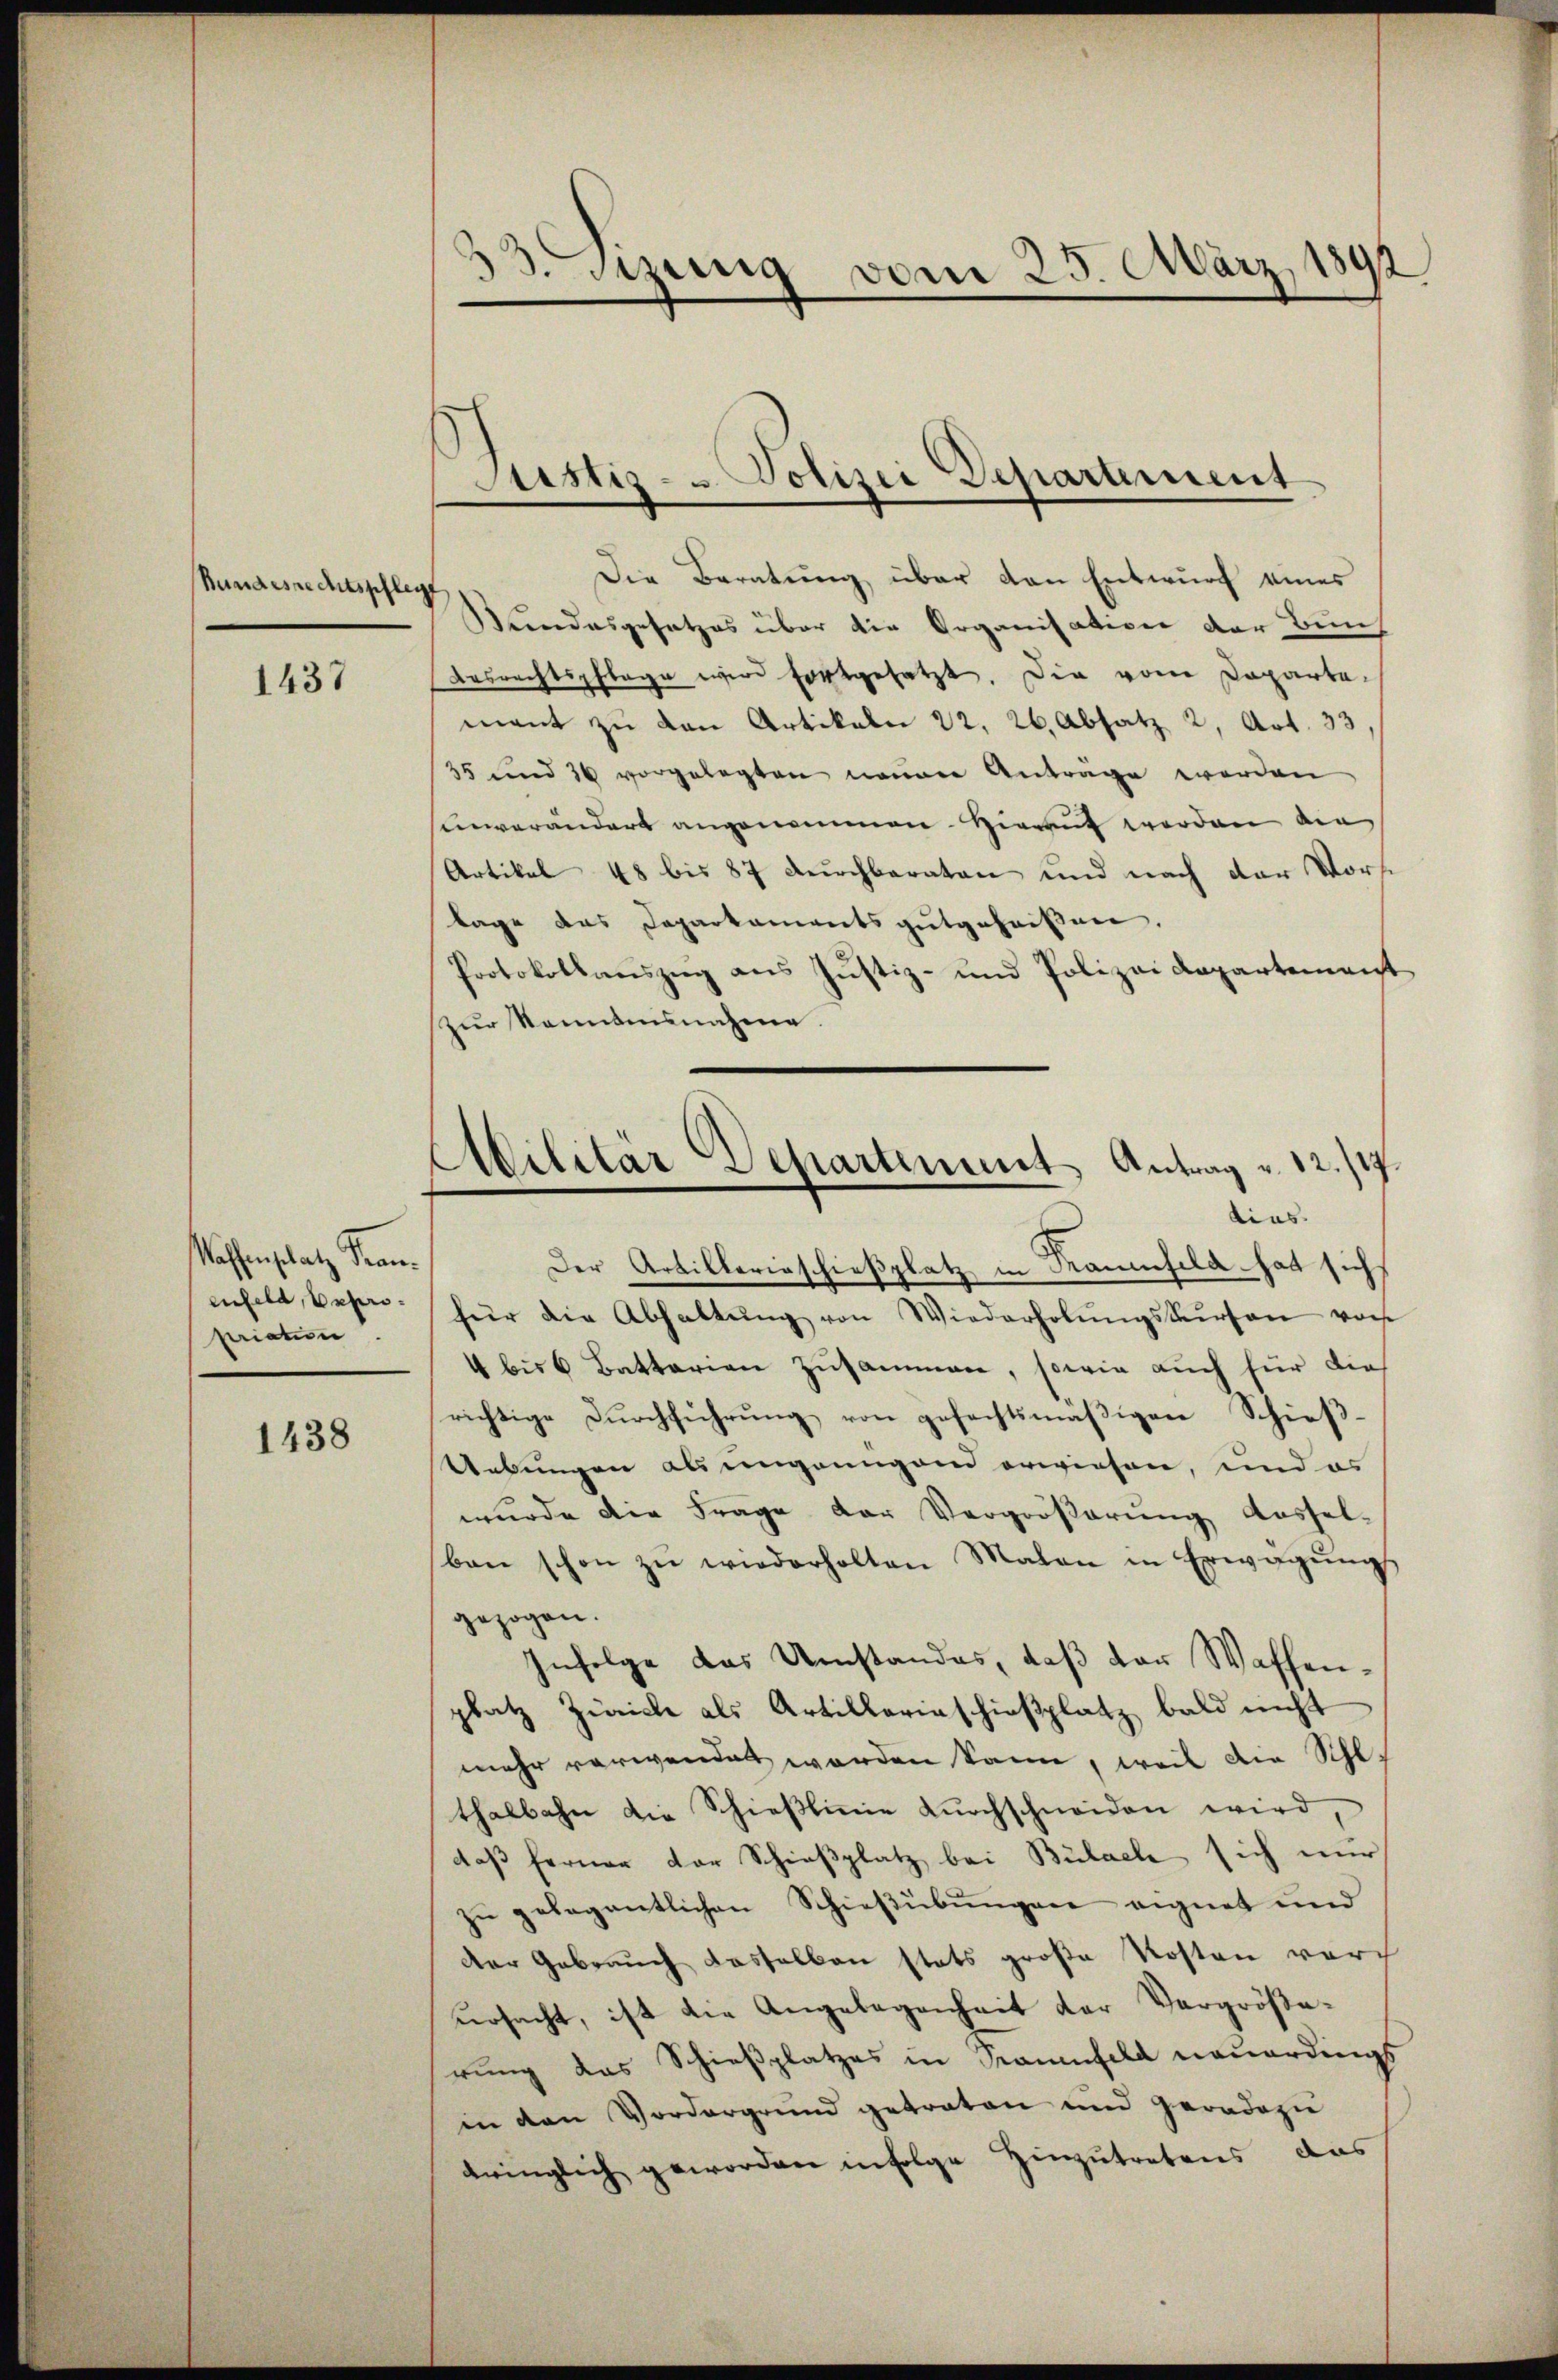
Bundesrechtspfleg

1437

Waffenschatz Franenfeld, Expropriatin

1438

33.Sizung vom 25. März 1892

)
Justiz- & Polizei Departement
Die Beratung über den Entwurf eines

Bundesgesetzes über die Organisation der Bun¬
Arsrechtspflege wird fortgesetzt. Die vom Departamant zu den Artikale 22, 26, Absatz 2, Art. 33
35 und 26 vorgelegten neuen Anträge werden
unverändert angenommen. Hierauf werden die
Artikel 48 bis 87 durchbaraten und nach der Vorst
lage das Daparkaments gutgeheißen.
Protokollauszug aus Justiz- und Polizeidepartement
zur Sonntensnahme.
Der Arbillerinschießplatz in Raumsela - hat sich
für die Abhaltŭng von Wiederholŭngskursen von
4 bis 6 Battarian Zusammen, sowie auch für dies
richtige Dŭrchführŭng von gefechtsmäβigen Schieβ-
Uebungen als ungangend erwiesen, und es
wurde die Frage der Vergrößerung Ausselben schon zŭ wiederholten Malen in Erwägŭngs
gezogen.
Infolge das Umstandes, daß der Waffenplatz Zürich als Artillariaschießplatz bald nicht
mehr verwendet worden kann, weil die Schl
thalbahn die Schieβlinie dŭrchschneiden wird,
daß ferner der Schießplatz bei Bülach sich nur
zu gelegentlichen Schießübungen eignet und
Der Gebrauch dasselben stets große Kosten vor
ursacht, ist die Angelegenheit der Vergrößerung das Schießplatzes in Saumfeld neuerdings
in den Vordergrund getraten und geradezie
bringlich geworden infolge Hinzutretens das

Militär Departement Antrag v. 12./19.
dias.